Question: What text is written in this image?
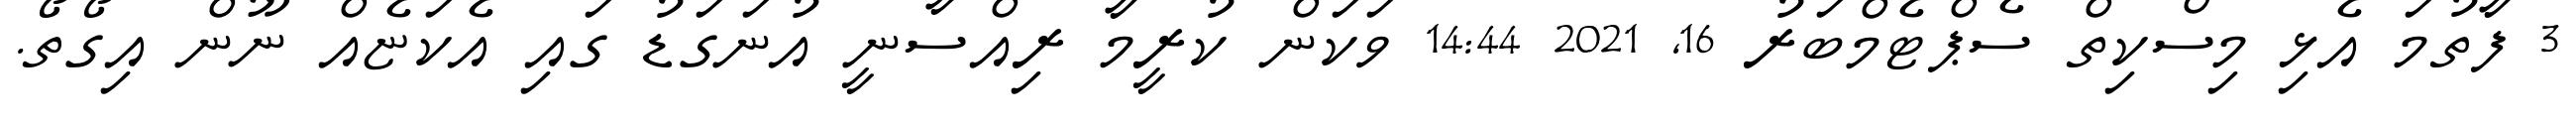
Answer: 3 ފާތުމަ އެޅި މިސްކިތް ސެޕްޓެމްބަރު 16, 2021 14:44 ވަކަން ކުރީމާ ރިއްސާނީ އުނަގަޑު ގައި އެކަޏެއް ނޫން އިގޯތޯ.